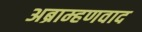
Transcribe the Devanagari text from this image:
अब्राम्हणवाद